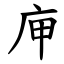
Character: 庘